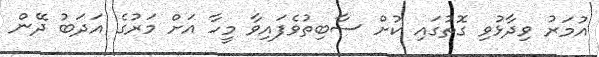
އުމަރު ވިދާޅުވި ގޮތުގައި ކުށް ސާބިތުވެފައިވާ މީހާ އަށް މަރުގެ އަދަބު ދޭން